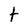
Character: t